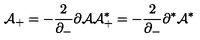
{ \cal A } _ { + } = - \frac { 2 } { \partial _ { - } } \partial { \cal A } { \cal A } _ { + } ^ { * } = - \frac { 2 } { \partial _ { - } } \partial ^ { * } { \cal A } ^ { * }